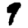
Digit: 9